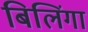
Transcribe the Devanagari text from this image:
बिलिंगा